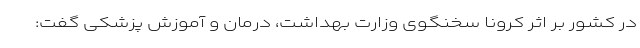
در کشور بر اثر کرونا سخنگوی وزارت بهداشت، درمان و آموزش پزشکی گفت: